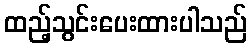
ထည့်သွင်းပေးထားပါသည်